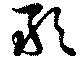
敢